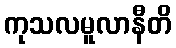
ကုသလမူလာနီတိ